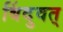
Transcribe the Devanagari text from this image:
बिंदुवत्